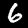
Label: 6